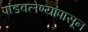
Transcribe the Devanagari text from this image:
पांडवलेण्यांपासून